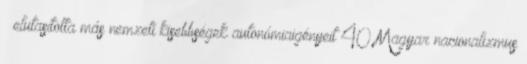
→ elutasította más nemzeti kisebbségek autonómiaigényeit 40 Magyar nacionalizmus